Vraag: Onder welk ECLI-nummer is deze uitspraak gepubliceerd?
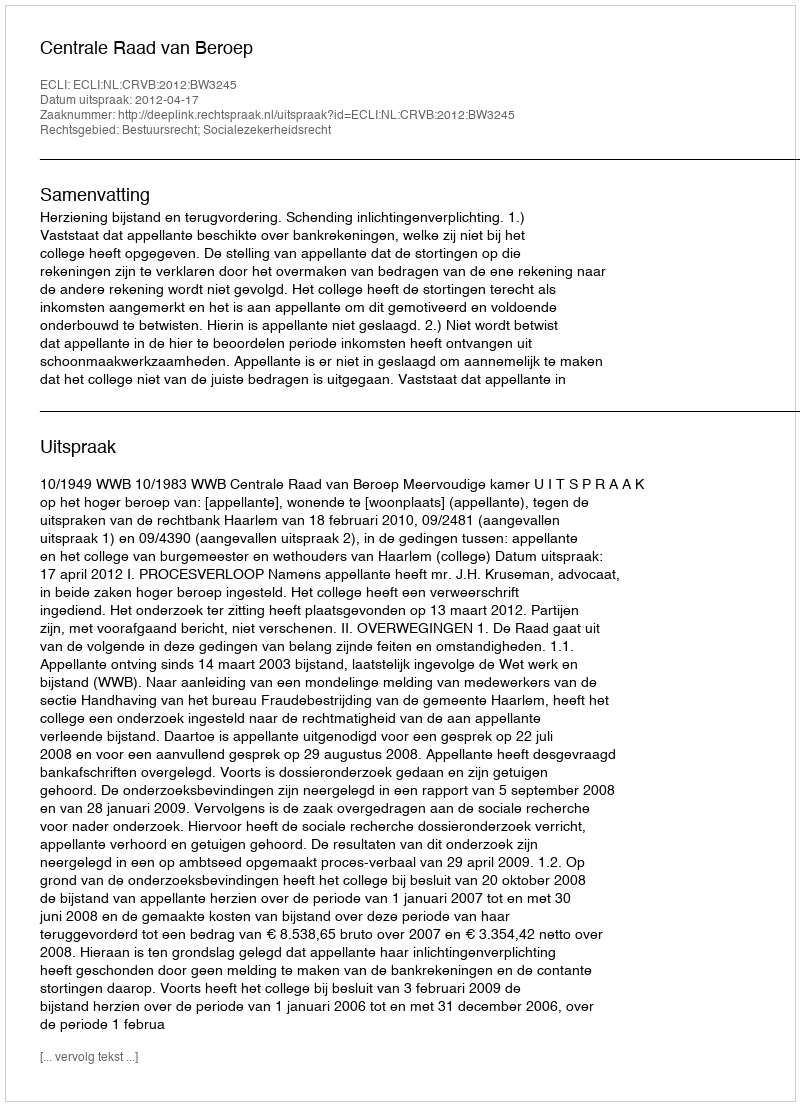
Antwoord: ECLI:NL:CRVB:2012:BW3245